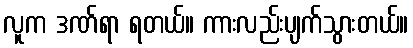
လူက ဒဏ်ရာ ရတယ်။ ကားလည်းပျက်သွားတယ်။